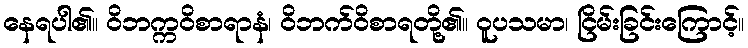
နေရပါ၏။ ဝိဘက္ကဝိစာရာနံ၊ ဝိဘက်ဝိစာရတို့၏။ ဝူပသမာ၊ ငြိမ်းခြင်းကြောင့်။